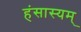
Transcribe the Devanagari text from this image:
हंसास्यम्